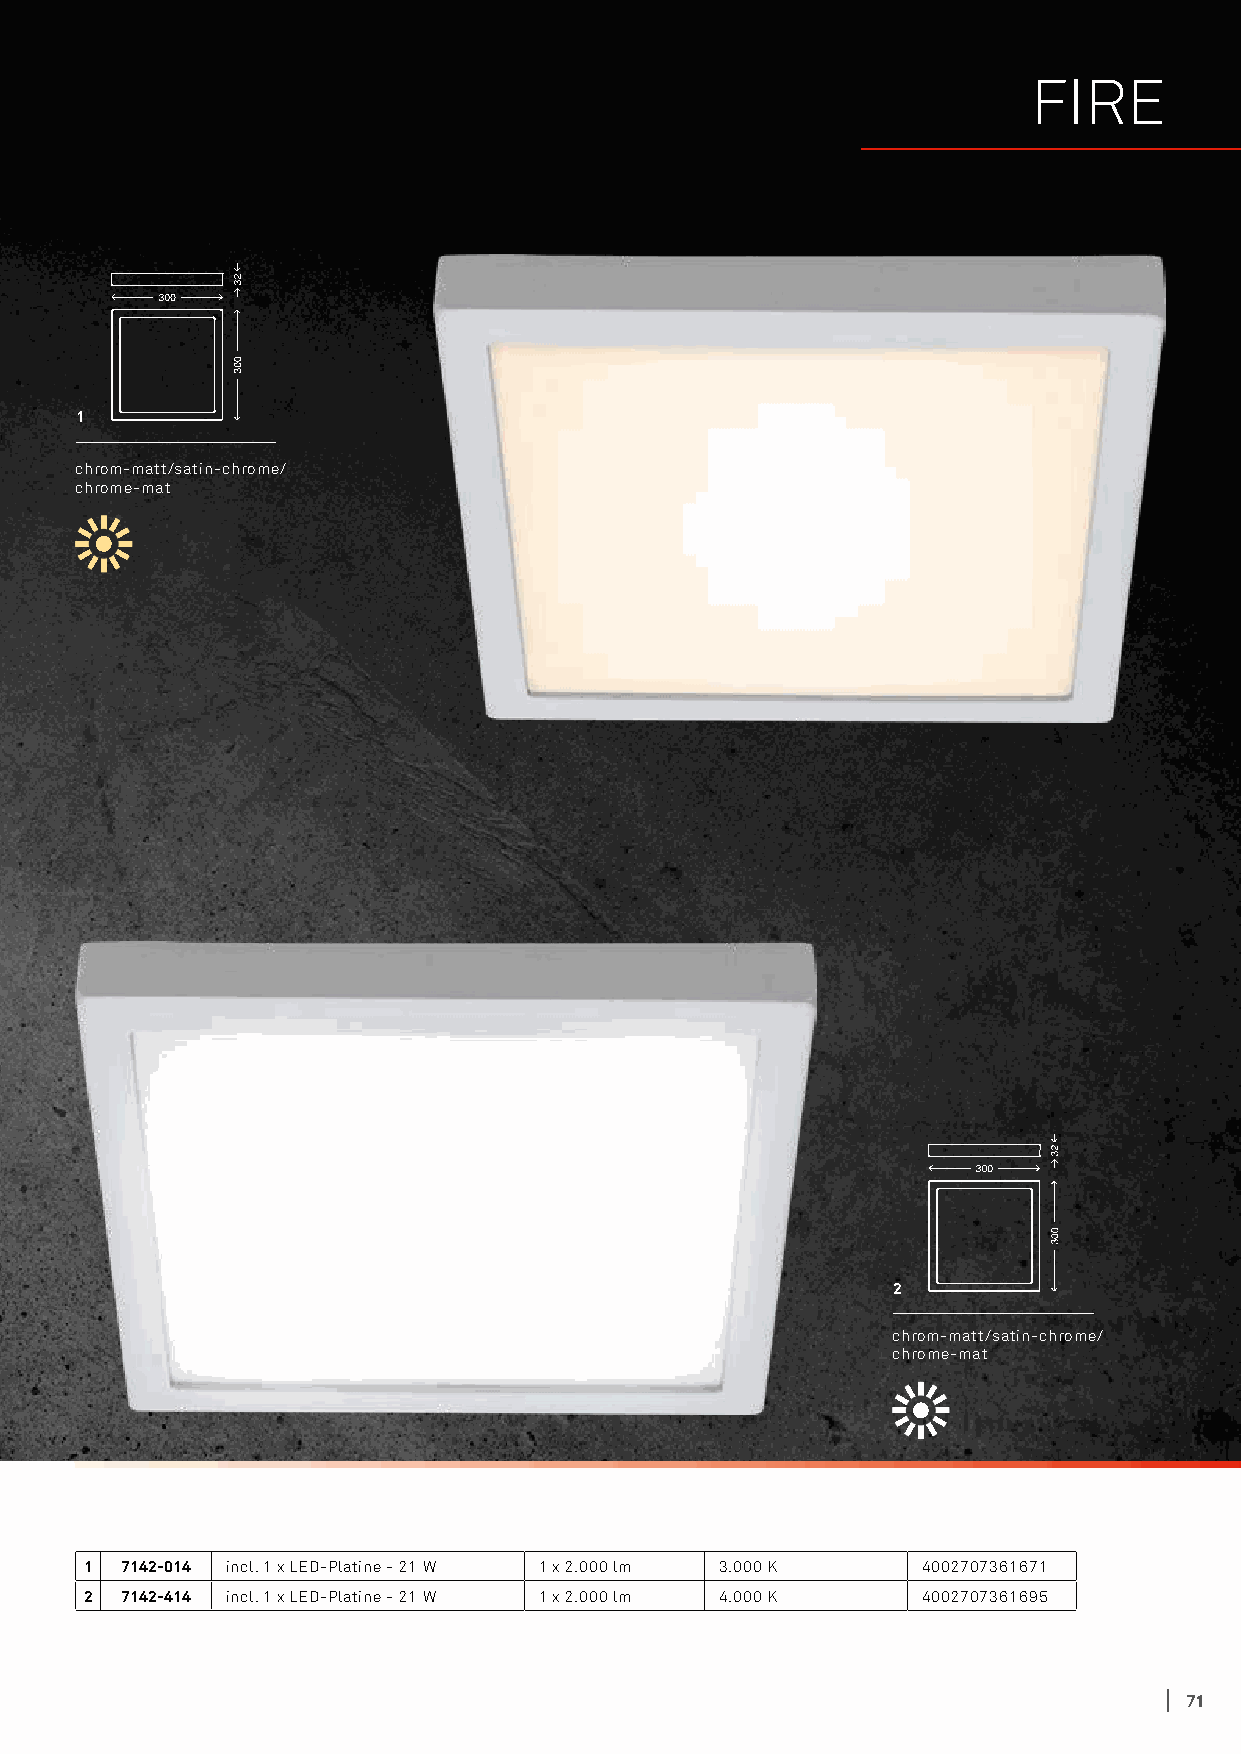
FIRE
 1
 chrom-matt/satin-chrome/
 chrome-mat
 2
 chrom-matt/satin-chrome/
 chrome-mat
 1 7142-014 incl. 1 x LED-Platine - 21 W 1 x 2.000 lm 3.000 K 4002707361671
 2 7142-414 incl. 1 x LED-Platine - 21 W 1 x 2.000 lm 4.000 K 4002707361695
 71